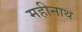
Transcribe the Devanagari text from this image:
महीनाथ